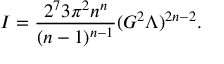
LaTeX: I = \frac { 2 ^ { 7 } 3 \pi ^ { 2 } n ^ { n } } { ( n - 1 ) ^ { n - 1 } } ( G ^ { 2 } \Lambda ) ^ { 2 n - 2 } .